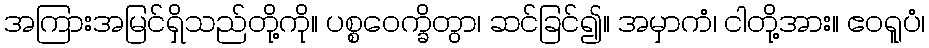
အကြားအမြင်ရှိသည်တို့ကို။ ပစ္စဝေက္ခိတွာ၊ ဆင်ခြင်၍။ အမှာကံ၊ ငါတို့အား။ ဧဝရူပံ၊